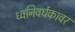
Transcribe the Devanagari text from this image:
ध्वनिवर्धकावर